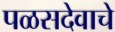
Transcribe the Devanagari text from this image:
पळसदेवाचे